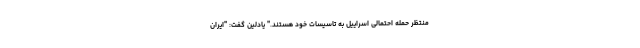
منتظر حمله احتمالی اسراییل به تاسیسات خود هستند." یادلین گفت: "ایران